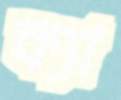
ক্যা